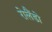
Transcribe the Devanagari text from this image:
रोलैंडो